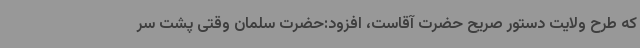
که طرح ولایت دستور صریح حضرت آقاست، افزود:حضرت سلمان وقتی پشت سر